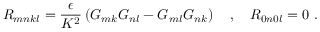
R _ { m n k l } = \frac { \epsilon } { K ^ { 2 } } \left( G _ { m k } G _ { n l } - G _ { m l } G _ { n k } \right) \ \ \ , \ \ \ R _ { 0 n 0 l } = 0 \ .